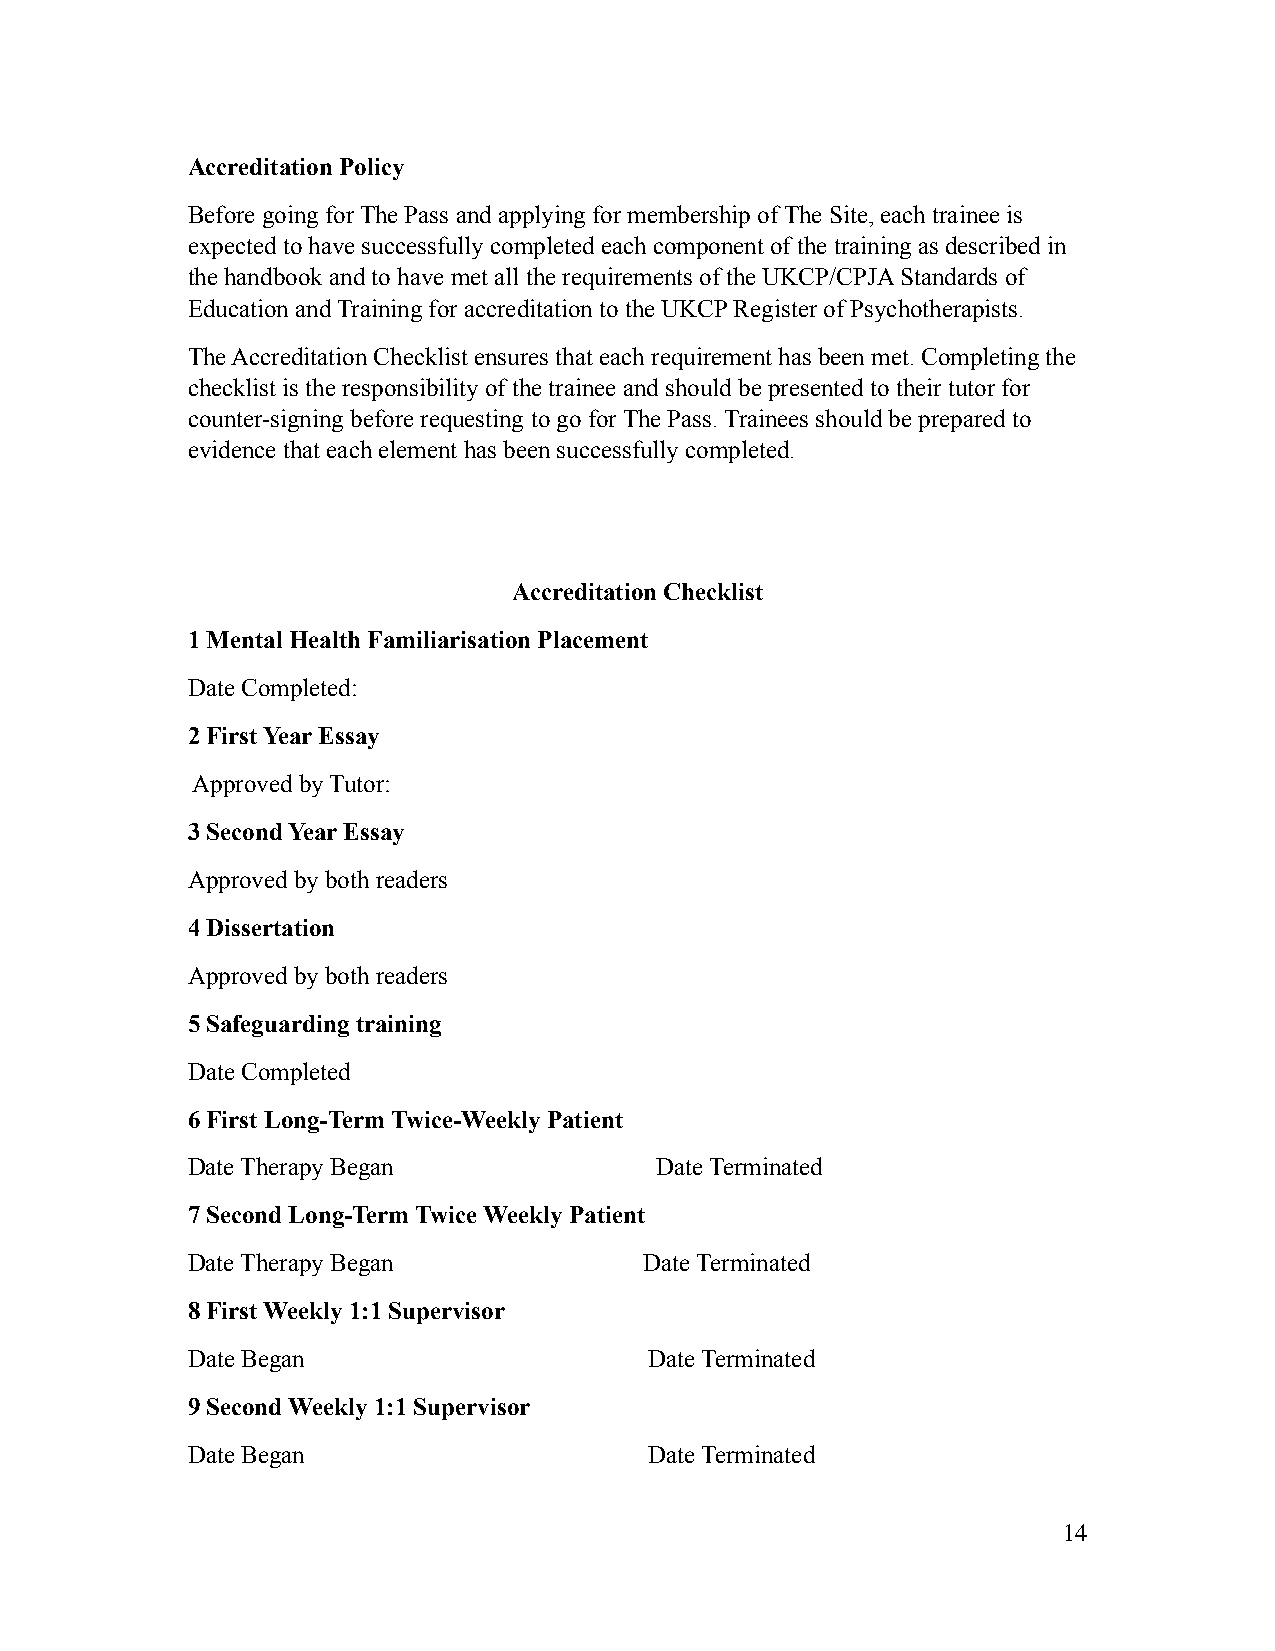
Accreditation Policy
 Before going for The Pass and applying for membership of The Site, each trainee is
 expected to have successfully completed each component of the training as described in
 the handbook and to have met all the requirements of the UKCP/CPJA Standards of
 Education and Training for accreditation to the UKCP Register of Psychotherapists.
 The Accreditation Checklist ensures that each requirement has been met. Completing the
 checklist is the responsibility of the trainee and should be presented to their tutor for
 counter-signing before requesting to go for The Pass. Trainees should be prepared to
 evidence that each element has been successfully completed.
 Accreditation Checklist
 1 Mental Health Familiarisation Placement
 Date Completed:
 2 First Year Essay
 Approved by Tutor:
 3 Second Year Essay
 Approved by both readers
 4 Dissertation
 Approved by both readers
 5 Safeguarding training
 Date Completed
 6 First Long-Term Twice-Weekly Patient
 Date Therapy Began             Date Terminated
 7 Second Long-Term Twice Weekly Patient
 Date Therapy Began             Date Terminated
 8 First Weekly 1:1 Supervisor
 Date Began                     Date Terminated
 9 Second Weekly 1:1 Supervisor
 Date Began                     Date Terminated
 14